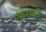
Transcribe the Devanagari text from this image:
फ्ररवरी